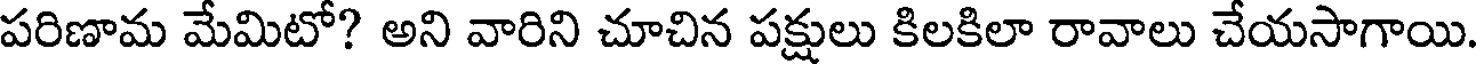
పరిణామ మేమిటో? అని వారిని చూచిన పక్షులు కిలకిలా రావాలు చేయసాగాయి